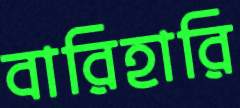
বারিহারি